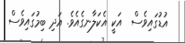
އުޑުގައިވެސް  އަކީ އެކަލާނގެއެވެ. އަދި ބިމުގައިވެސް